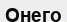
Онего